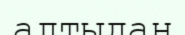
алтыдан